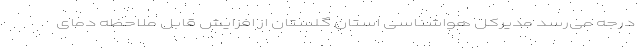
درجه می‌رسد مدیرکل هواشناسی استان گلستان از افزایش قابل ملاحظه دمای